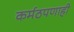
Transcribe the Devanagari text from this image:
कर्मठपणाही